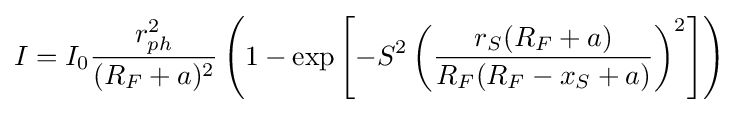
I=I_{0}{\frac {r_{ph}^{2}}{(R_{F}+a)^{2}}}\left(1-\exp \left[-S^{2}\left({\frac {r_{S}(R_{F}+a)}{R_{F}(R_{F}-x_{S}+a)}}\right)^{2}\right]\right)